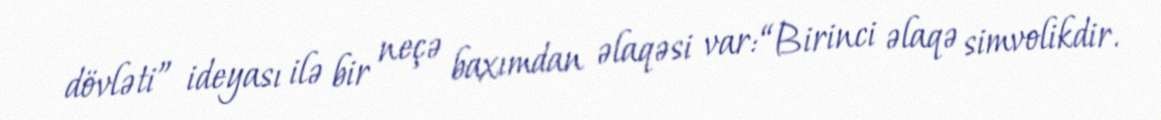
dövləti” ideyası ilə bir neçə baxımdan əlaqəsi var: “Birinci əlaqə simvolikdir.